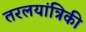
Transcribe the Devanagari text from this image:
तरलयांत्रिकी